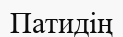
Патидің